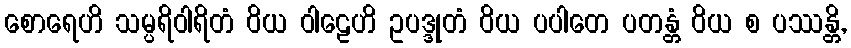
စောရေဟိ သမ္ပရိဝါရိတံ ဝိယ ဝါဠေဟိ ဥပဒ္ဒုတံ ဝိယ ပပါတေ ပတန္တံ ဝိယ စ ပဿန္တိ,